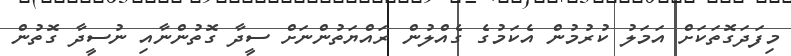
މިފަދަގޮތަކަށް އަމަލު ކުރުމުން އެކަމުގެ ގެއްލުން ރައްޔަތުންނަށް ސީދާ ގޮތުންނާއި ނުސީދާ ގޮތުން